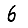
Digit: 6